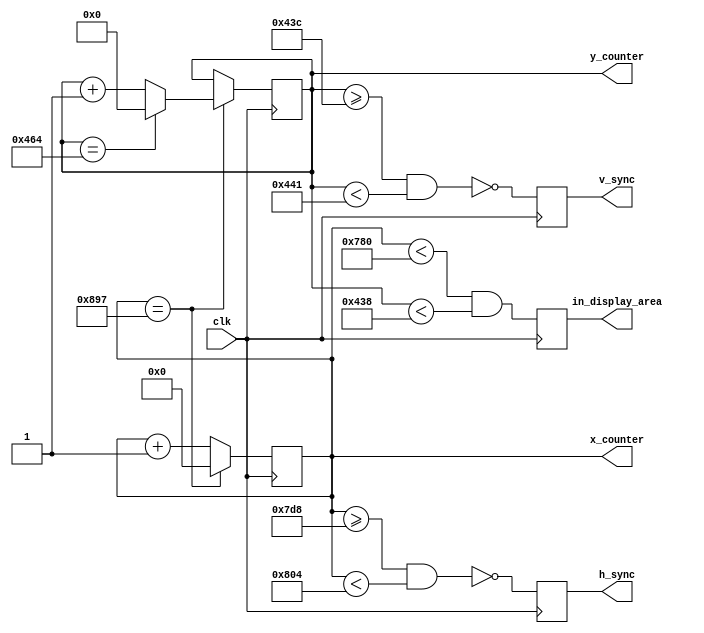
`timescale 1ns / 1ps

module vga_sync_generator (
           input clk ,
           output reg [11: 0] x_counter ,
           output reg [10: 0] y_counter ,
           output reg h_sync, v_sync ,
           output reg in_display_area
       );

localparam h_active_pixels = 1920 ;
localparam h_front_porch = 88 ;
localparam h_sync_width = 44 ;
localparam h_back_porch = 148 ;
localparam h_total_piexls = (h_active_pixels + h_front_porch + h_back_porch + h_sync_width);

localparam v_active_pixels = 1080 ;
localparam v_front_porch = 4 ;
localparam v_sync_width = 5 ;
localparam v_back_porch = 36 ;
localparam v_total_piexls = (v_active_pixels + v_front_porch + v_back_porch + v_sync_width);

always @(posedge clk)

    if (x_counter == h_total_piexls-1)
        x_counter <= 0;
    else
        x_counter <= x_counter + 1;


always @(posedge clk)
    if (x_counter == h_total_piexls-1)
    begin
        if (y_counter == v_total_piexls-1)
            y_counter <= 0;
        else
            y_counter <= y_counter + 1;
    end

always @(posedge clk)
begin
    h_sync <= !(x_counter >= h_active_pixels + h_front_porch && x_counter < h_active_pixels + h_front_porch + h_sync_width);
    v_sync <= !(y_counter >= v_active_pixels + v_front_porch && y_counter < v_active_pixels + v_front_porch + v_sync_width);
end

always @(posedge clk)
begin
    in_display_area <= (x_counter < h_active_pixels) && (y_counter < v_active_pixels);
end

endmodule